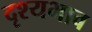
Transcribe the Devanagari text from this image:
दृश्यभाव